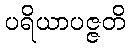
ပရိယာပဇ္ဇတိ